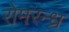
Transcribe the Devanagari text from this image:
रोमरन्ध्र